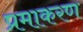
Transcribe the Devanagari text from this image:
प्रमाकरण